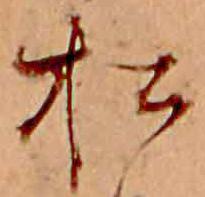
松